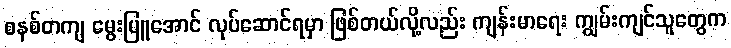
စနစ်တကျ မွေးမြူအောင် လုပ်ဆောင်ရမှာ ဖြစ်တယ်လို့လည်း ကျန်းမာရေး ကျွမ်းကျင်သူတွေက